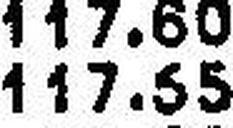
117.55